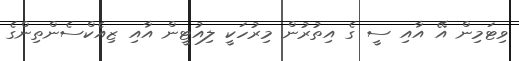
ވިޓަމިން އޭ އާއި ސީ ގެ އިތުރުން މިރުހަކީ ލިއުޓީން އާއި ޒިއެކްސެންތިންގެ